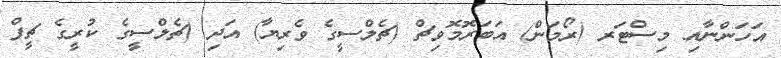
އަހަންނާއި މިސްޓަރ (ރޯމަން) އަބަރޮމޮވިޗް (ޗެލްސީގެ ވެރިޔާ) އަދި (ޗެލްސީގެ ކުރީގެ ޗީފް